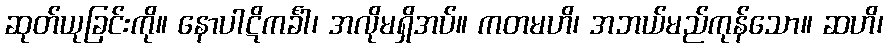
ဆုတ်ယုခြင်းကို။ နောပါဋိကင်္ခါ၊ အလိုမရှိအပ်။ ကတမဟိ၊ အဘယ်မည်ကုန်သော။ ဆဟိ၊